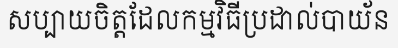
សប្បាយចិត្តដែលកម្មវិធីប្រដាល់បាយ័ន